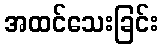
အထင်သေးခြင်း